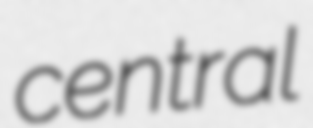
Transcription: central